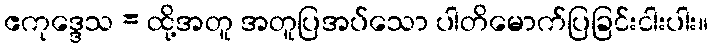
ဧကုဒ္ဒေသ = ထို့အတူ အတူပြအပ်သော ပါတိမောက်ပြခြင်းငါးပါး။